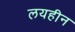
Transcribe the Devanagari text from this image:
लयहीन